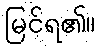
မြင်ရ၏။